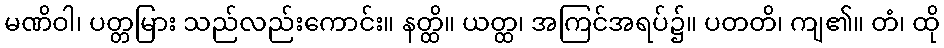
မဏိဝါ၊ ပတ္တမြား သည်လည်းကောင်း။ နတ္ထိ။ ယတ္ထ၊ အကြင်အရပ်၌။ ပတတိ၊ ကျ၏။ တံ၊ ထို